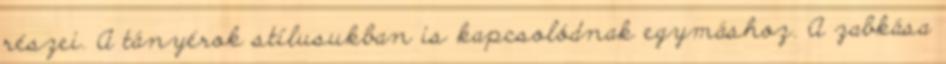
részei. A tányérok stílusukban is kapcsolódnak egymáshoz. A zabkása